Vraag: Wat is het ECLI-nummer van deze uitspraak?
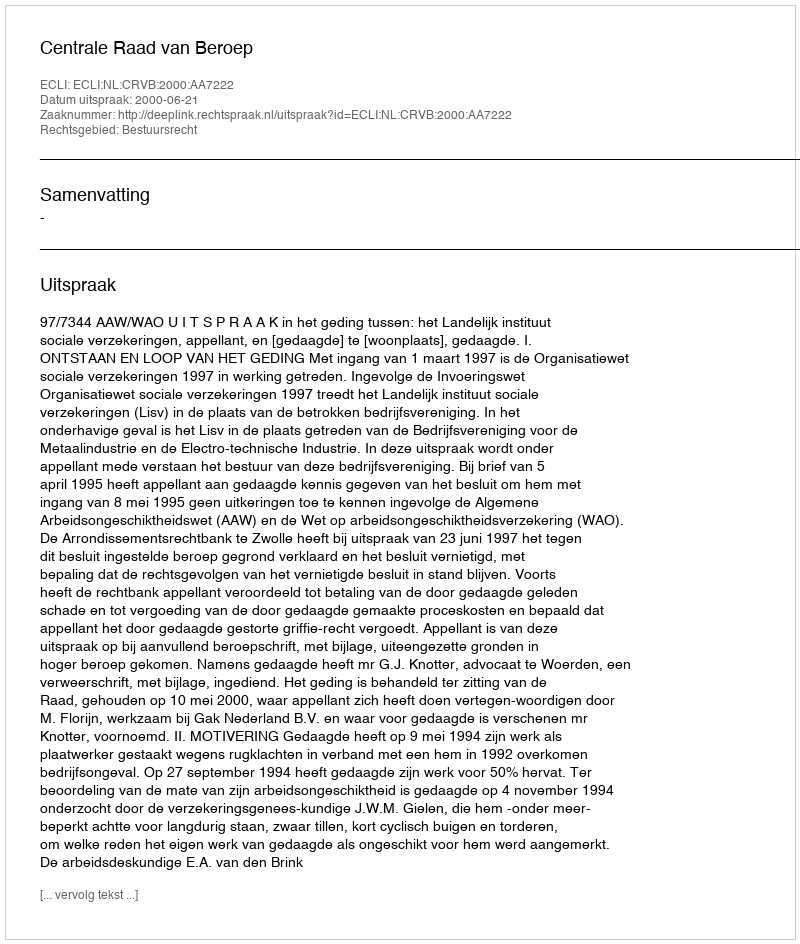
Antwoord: ECLI:NL:CRVB:2000:AA7222